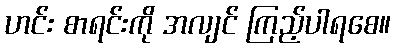
ဟင်း စာရင်းကို အလျင် ကြည့်ပါရစေ။